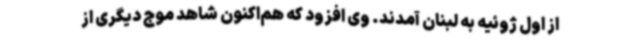
از اول ژوئیه به لبنان آمدند. وی افزود که هم‌اکنون شاهد موج دیگری از